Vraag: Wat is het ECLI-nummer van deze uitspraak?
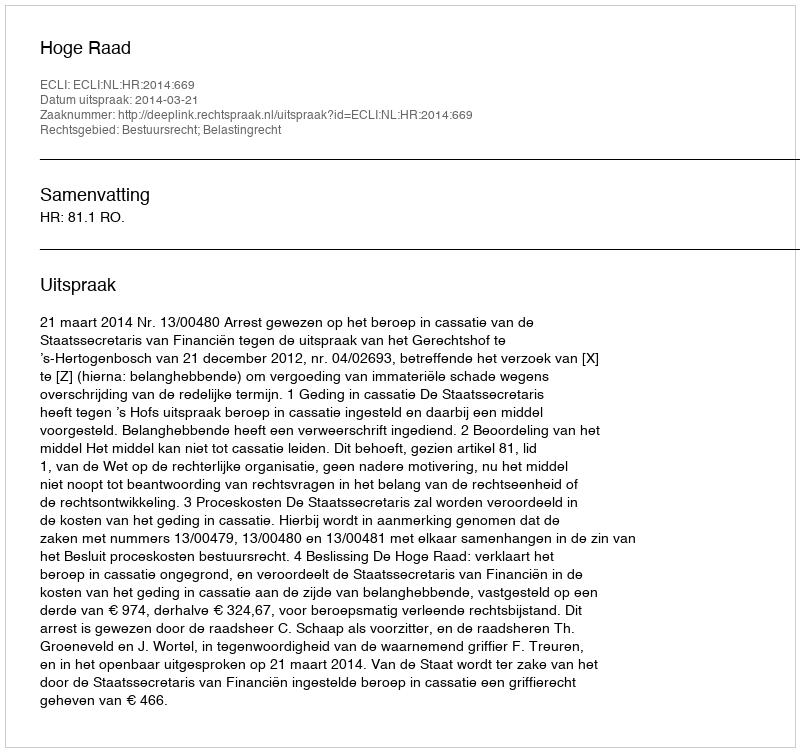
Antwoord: ECLI:NL:HR:2014:669